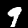
Label: 9